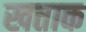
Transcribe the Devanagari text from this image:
खत्ताक